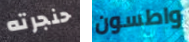
حنجرته واطسون